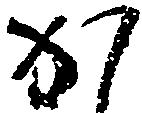
か